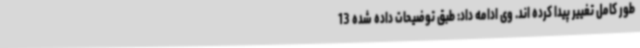
طور کامل تغییر پیدا کرده اند. وی ادامه داد: طبق توضیحات داده شده 13